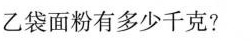
乙袋面粉有多少千克?